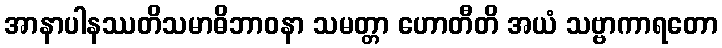
အာနာပါနဿတိသမာဓိဘာဝနာ သမတ္တာ ဟောတီတိ အယံ သဗ္ဗာကာရတော